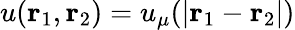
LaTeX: u({\mathbf{r}_{1}},{\mathbf{r}_{2}})=u_{\mu}(|{\mathbf r}_{1}-{\mathbf r}_{2}|)